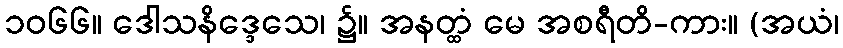
၁၀၆၆။ ဒေါသနိဒ္ဒေသေ၊ ၌။ အနတ္ထံ မေ အစရီတိ-ကား။ (အယံ၊